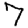
Digit: 7